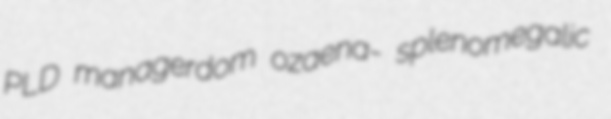
PLD managerdom ozaena- splenomegalic